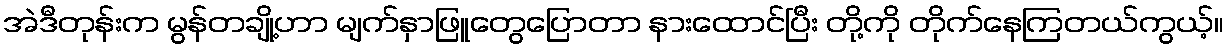
အဲဒီတုန်းက မွန်တချို့ဟာ မျက်နှာဖြူတွေပြောတာ နားထောင်ပြီး တို့ကို တိုက်နေကြတယ်ကွယ့်။